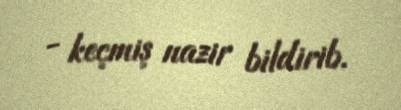
- keçmiş nazir bildirib.